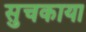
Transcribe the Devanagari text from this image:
सुचकाया